Report of the Municipal Commissioner on the plague in Bombay for the year ending 31st May... - Volume 1
Disease focus: Plague
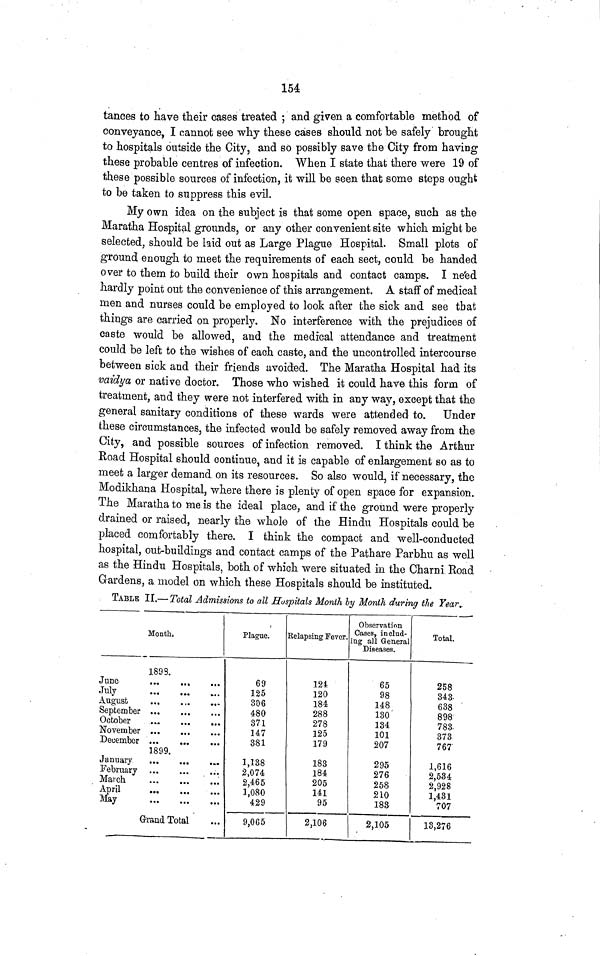
154
tances to have their cases treated ; and given a comfortable method of
conveyance, I cannot see why these cases should not be safely brought
to hospitals outside the City, and so possibly save the City from having
these probable centres of infection. When I state that there were 19 of
these possible sources of infection, it will be seen that some steps ought
to be taken to suppress this evil.
My own idea on the subject is that some open space, such as the
Maratha Hospital grounds, or any other convenient site which might be
selected, should be laid out as Large Plague Hospital. Small plots of
ground enough to meet the requirements of each sect, could be handed
over to them to build their own hospitals and contact camps. I need
hardly point out the convenience of this arrangement. A staff of medical
men and nurses could be employed to look after the sick and see that
things are carried on properly. No interference with the prejudices of
caste would be allowed, and the medical attendance and treatment
could be left to the wishes of each caste, and the uncontrolled intercourse
between sick and their friends avoided. The Maratha Hospital had its
vaidya or native doctor. Those who wished it could have this form of
treatment, and they were not interfered with in any way, except that the
general sanitary conditions of these wards were attended to. Under
these circumstances, the infected would be safely removed away from the
City, and possible sources of infection removed. I think the Arthur
Road Hospital should continue, and it is capable of enlargement so as to
meet a larger demand on its resources. So also would, if necessary, the
Modikhana Hospital, where there is plenty of open space for expansion.
The Maratha to me is the ideal place, and if the ground were properly
drained or raised, nearly the whole of the Hindu Hospitals could be
placed comfortably there. I think the compact and well-conducted
hospital, out-buildings and contact camps of the Pathare Parbhu as well
as the Hindu Hospitals, both of which were situated in the Charni Road
Gardens, a model on which these Hospitals should be instituted.
TABLE II.— Total Admissions to all Hospitals Month by Month during the Year.
Month.
June
July
August
September
October
November
December
January
February
March
April May
1893.
... ... ...
1899.
Grand Total
Plague.
69
125
306
480
371
147
381
1,138
2,074
2,465
1,080
429
9,065
Relapsing Fever.
124
120
184
288
278
125
179
183
184
205
141
95
2,106
Observation
Cases, includ-
ing all General
Diseases.
65
98
148
130
134
101
207
295
276
258
210
183
2,105
Total.
258
343
638
898
378
767
1,616
2,534
2,928
1,431
707
13,276